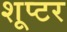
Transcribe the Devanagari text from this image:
शूप्टर